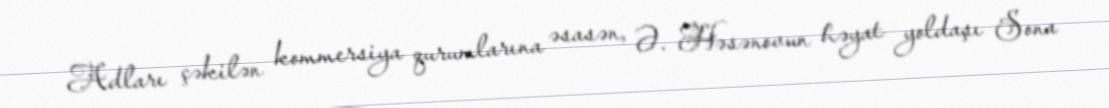
Adları çəkilən kommersiya qurumlarına əsasən, Ə. Həsənovun həyat yoldaşı Sona